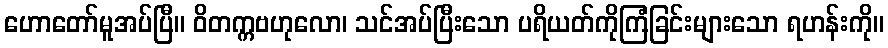
ဟောတော်မူအပ်ပြီ။ ဝိတက္ကဗဟုလော၊ သင်အပ်ပြီးသော ပရိယတ်ကိုကြံခြင်းများသော ရဟန်းကို။